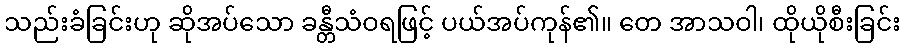
သည်းခံခြင်းဟု ဆိုအပ်သော ခန္တီသံဝရဖြင့် ပယ်အပ်ကုန်၏။ တေ အာသဝါ၊ ထိုယိုစီးခြင်း